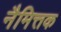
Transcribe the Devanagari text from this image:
नैमित्तक